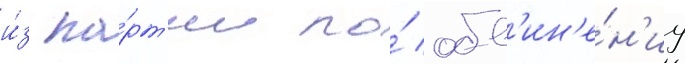
и́з па́рт'ии по́ обв'ин'е́н'иу